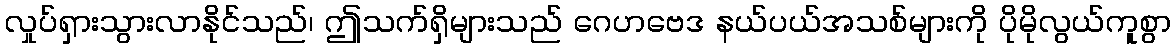
လှုပ်ရှားသွားလာနိုင်သည်၊ ဤသက်ရှိများသည် ဂေဟဗေဒ နယ်ပယ်အသစ်များကို ပိုမိုလွယ်ကူစွာ